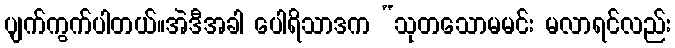
ပျက်ကွက်ပါတယ်။အဲဒီအခါ ပေါရိသာဒက “သုတသောမမင်း မလာရင်လည်း